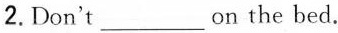
2.Don't ___ on the bed.